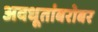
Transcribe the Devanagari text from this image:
अवधूतांबरोबर